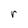
Character: r